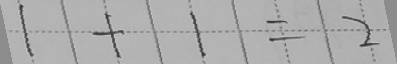
1 + 1 = 2